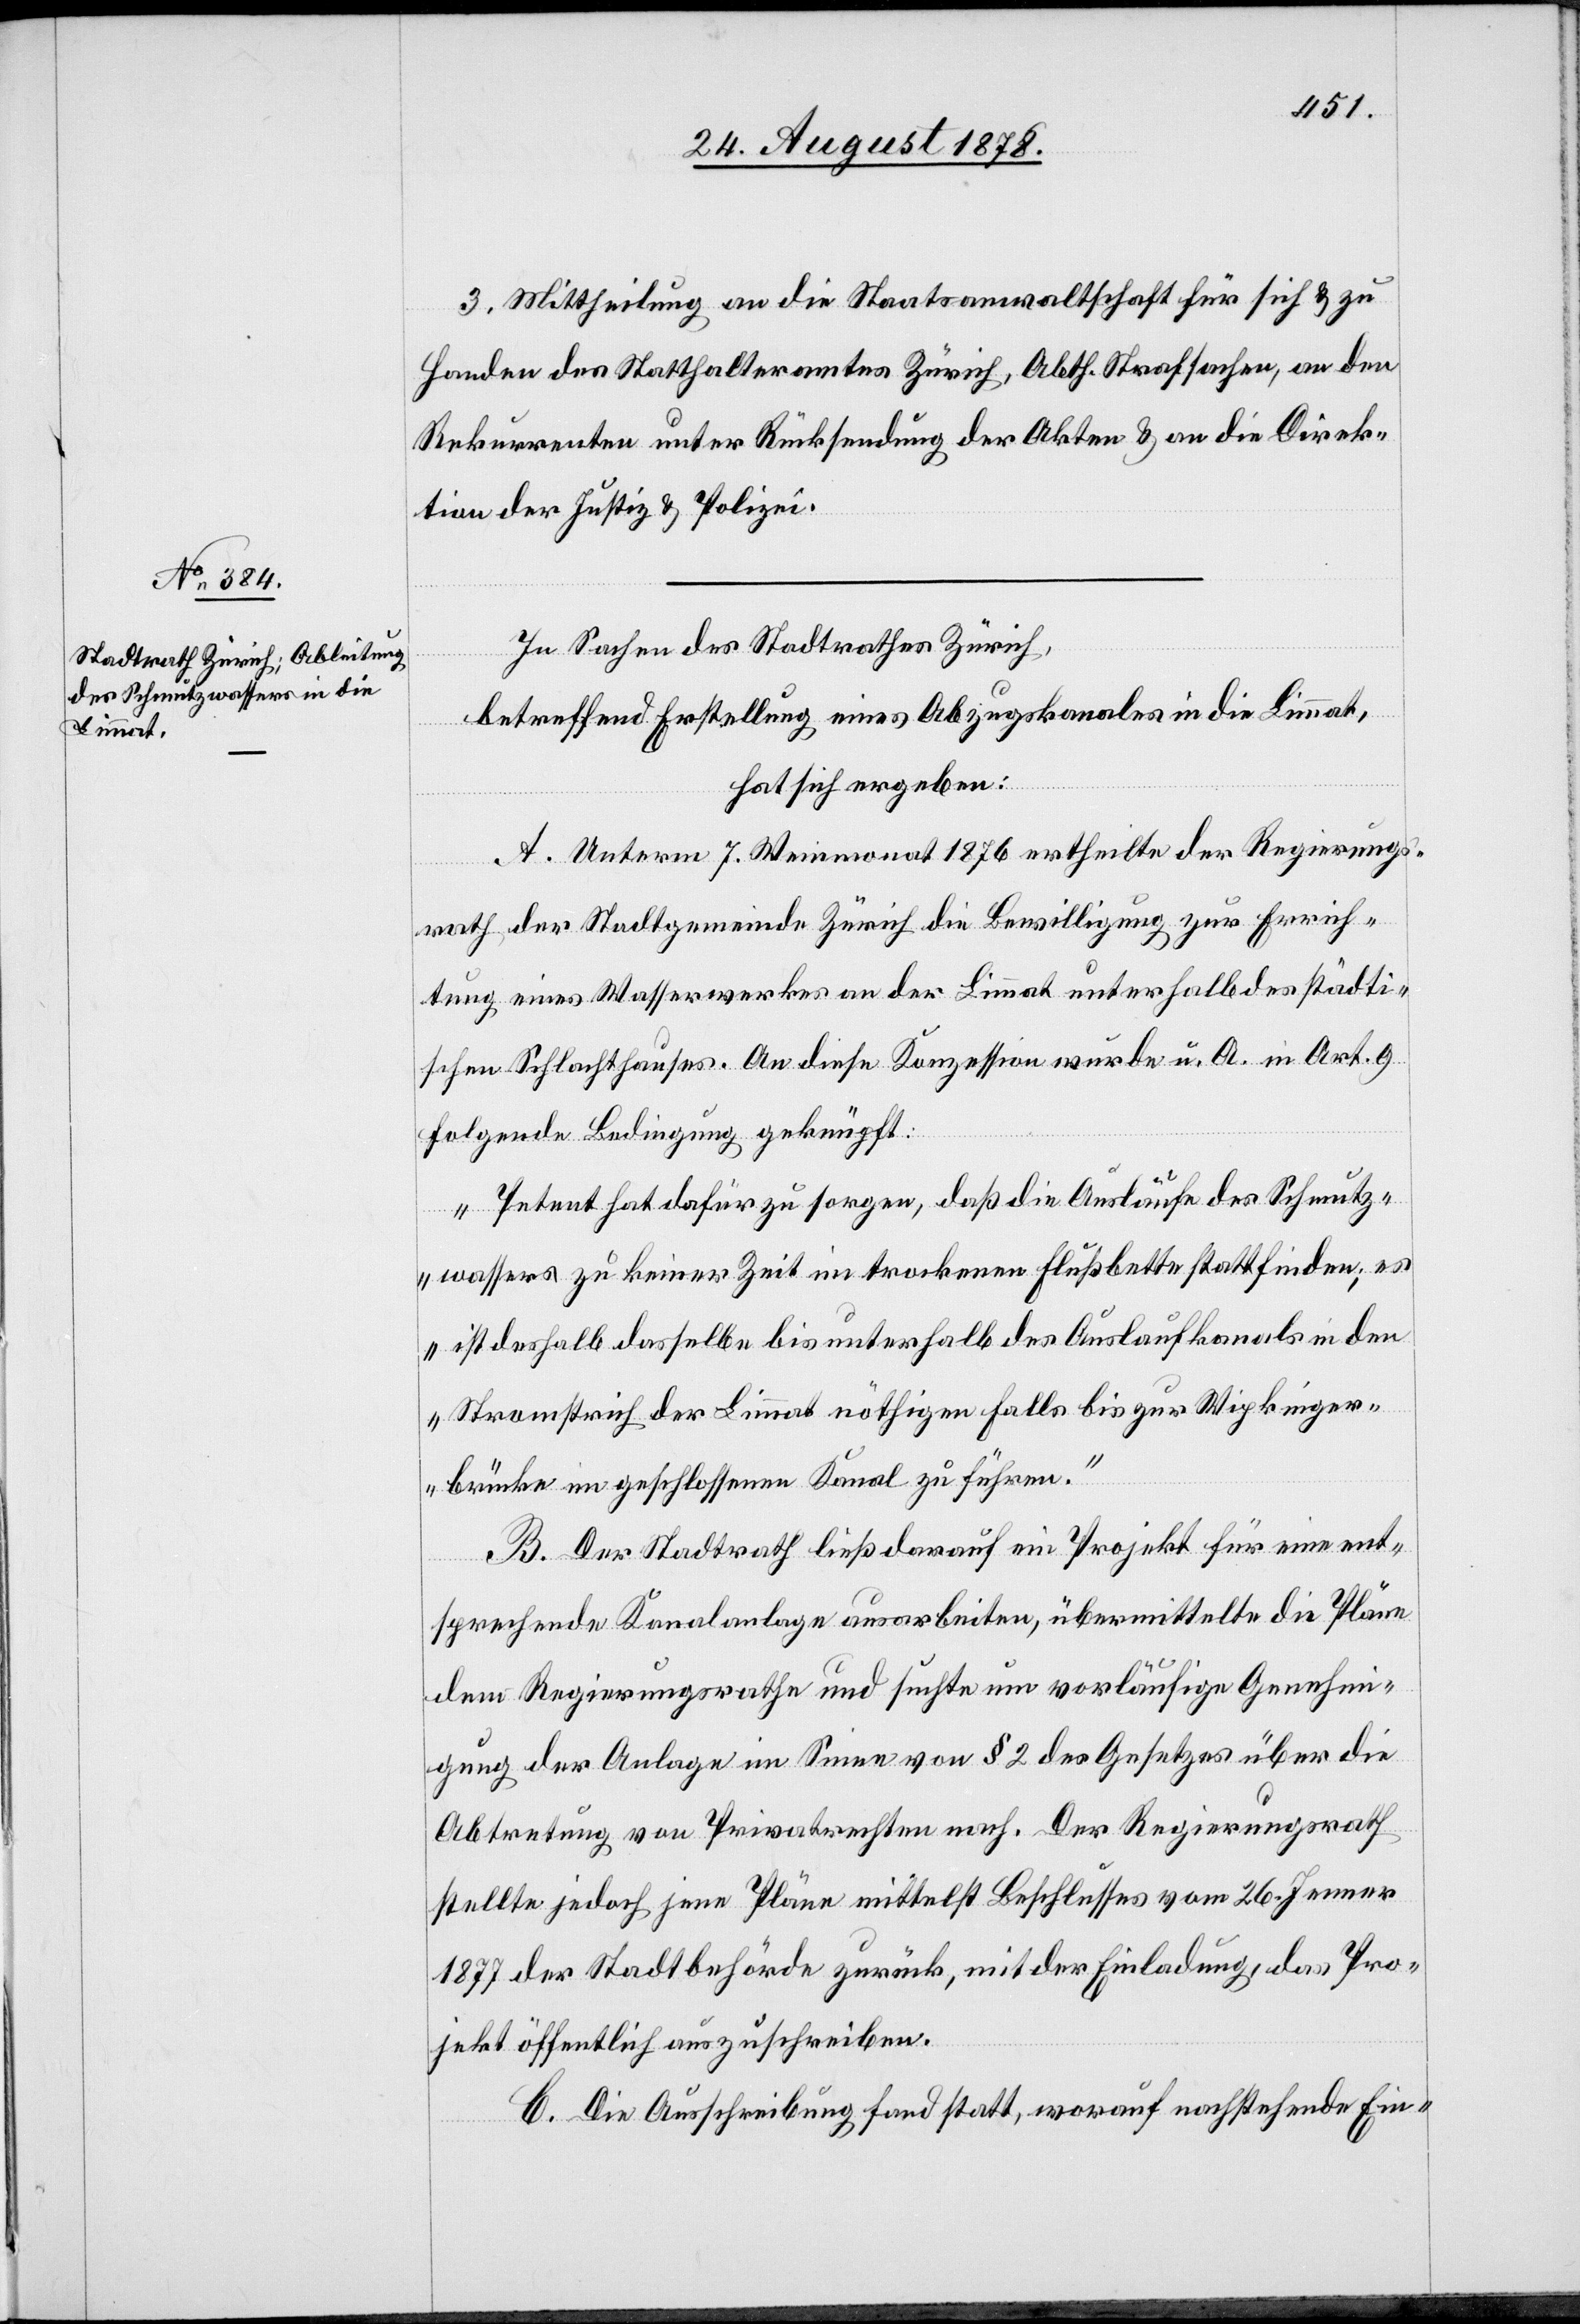
3. Mittheilung an die Staatsanwaltschaft für sich & zu
Handen des Statthalteramtes Zürich, Abth. Strafsachen, an den
Rekurrenten unter Rücksendung der Akten & an die Direk¬
tion der Justiz & Polizei.
In Sachen des Stadtrathes Zürich,
betreffend Erstellung eines Abzugskanales in die Limmat,
hat sich ergeben:
A. Unterm 7. Weinmonat 1876 ertheilte der Regierungs¬
rath der Stadtgemeinde Zürich die Bewilligung zur Errich¬
tung eines Wasserwerkes an der Limmat unterhalb des städti¬
schen Schlachthauses. An diese Konzession wurde u. A. in Art. 9
folgende Bedingung geknüpft:
„Petent hat dafür zu sorgen, daß die Ausläufe des Schmutz¬
wassers zu keiner Zeit im trockenen Flußbette stattfinden, es
ist deshalb dasselbe bis unterhalb des Auslaufkanals in den
Stromstrich der Limmat nöthigenfalls bis zur Wipkinger¬
brücke im geschlossenen Kanal zu führen.“
B. Der Stadtrath ließ darauf ein Projekt für eine ent¬
sprechende Kanalanlage ausarbeiten, übermittelte die Pläne
dem Regierungsrathe und suchte um vorläufige Genehmi¬
gung der Anlage im Sinne von § 2 des Gesetzes über die
Abtretung von Privatrechten nach. Der Regierungsrath
stellte jedoch jene Pläne mittelst Beschlusses vom 26. Jenner
1877 der Stadtbehörde zurück, mit der Einladung, das Pro¬
jekt öffentlich auszuschreiben.
C. Die Ausschreibung fand statt, worauf nachstehende Ein-